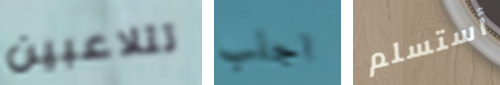
تتلاعبين اجلب أستسلم